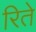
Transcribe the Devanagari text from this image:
रिते